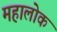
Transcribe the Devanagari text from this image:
महालोक